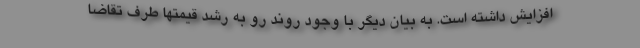
افزایش داشته است. به بیان دیگر با وجود روند رو به رشد قیمتها طرف تقاضا